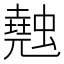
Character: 𧑣